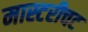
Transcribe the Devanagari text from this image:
मास्टरीचट